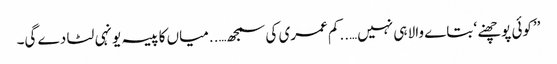
’’کوئی پوچھنے ‘ بتاے والا ہی نہیں…..کم عمری کی سمجھ…..میاں کا پیسہ یونہی لٹا دے گی۔